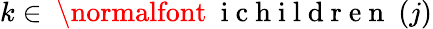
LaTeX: k\in\mathrm{~\normalfont~{~i~c~h~i~l~d~r~e~n~}~}(j)